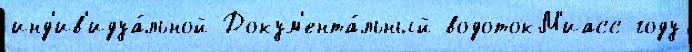
инд'ив'идуа́льной Докум'ента́льный водотокМ'иасс году